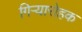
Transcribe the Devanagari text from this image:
गिऱ्यारोहक